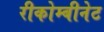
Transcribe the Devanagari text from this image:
रीकोम्बीनेट